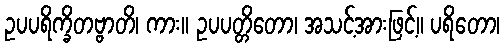
ဥပပရိက္ခိတဗ္ဗာတိ၊ ကား။ ဥပပတ္တိတော၊ အသင့်အားဖြင့်။ ပရိတော၊